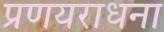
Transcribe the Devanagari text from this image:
प्रणयराधना